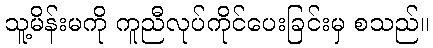
သူ့မိန်းမကို ကူညီလုပ်ကိုင်ပေးခြင်းမှ စသည်။